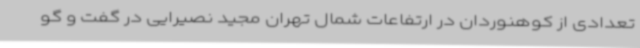
تعدادی از کوهنوردان در ارتفاعات شمال تهران مجید نصیرایی در گفت و گو